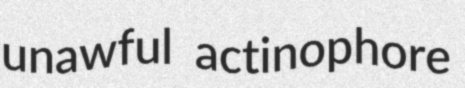
unawful actinophore